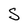
Character: S